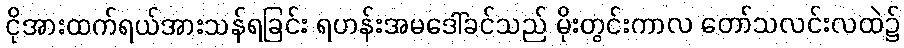
ငိုအားထက်ရယ်အားသန်ရခြင်း ရဟန်းအမဒေါ်ခင်သည် မိုးတွင်းကာလ တော်သလင်းလထဲ၌